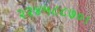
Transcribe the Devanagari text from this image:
२२४५८८७०।